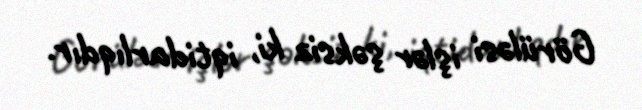
Görüləsi işlər şəksiz ki, iqtidarlıqdır.